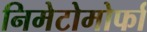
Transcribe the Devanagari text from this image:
निमेटोमोर्फा